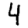
Digit: 4